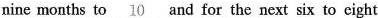
nine months to \underline{10 }and for the next six to eight